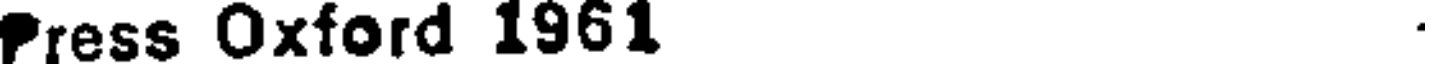
Press Oxford 1961